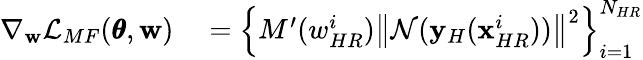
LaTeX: \begin{array}{rl}{\nabla_{\mathbf{w}}\mathcal{L}_{MF}(\pmb{\theta},\mathbf{w})}&{{}=\left\{ {M^{\prime}(w_{HR}^{i})\left\| \mathcal{N}(\mathbf{y}_{H}(\mathbf{x}_{HR}^{i}))\right\| ^{2}}\right\} _{i=1}^{N_{HR}}}\end{array}